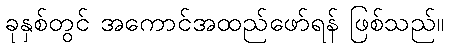
ခုနှစ်တွင် အကောင်အထည်ဖော်ရန် ဖြစ်သည်။